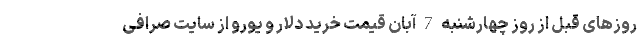
روزهای قبل از روز چهارشنبه 7 آبان قیمت خرید دلار و یورو از سایت صرافی